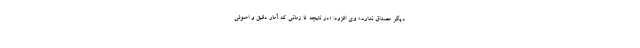
دیگر مصداق ندارد.» وی افزود: «در نتیجه تا زمانی که آمار دقیق و اصولی